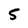
Character: 5